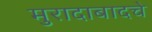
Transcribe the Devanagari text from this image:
मुरादाबादचे